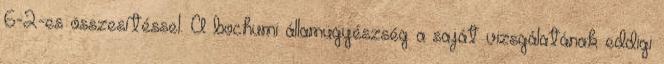
6-2-es összesítéssel. A bochumi államügyészség a saját vizsgálatának eddigi